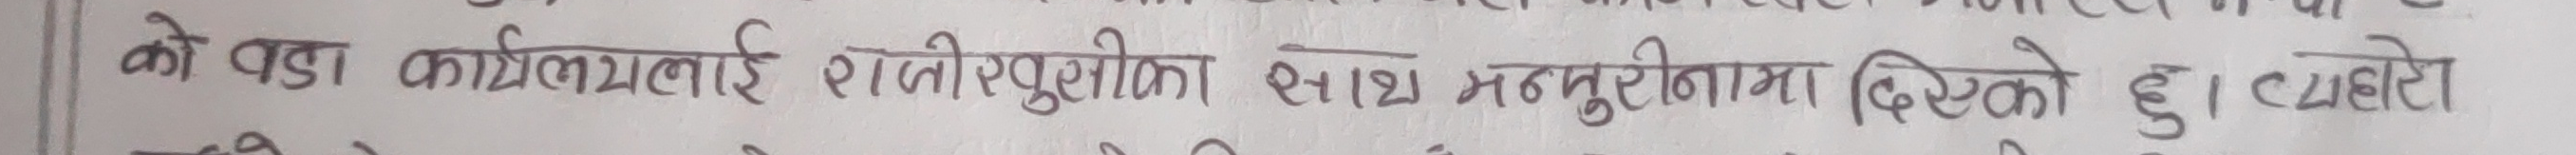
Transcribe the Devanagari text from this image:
को वडा कार्यालयलाई राजीखुसीका साथ मनतुरिनामा दिएको हु । त्यहे